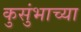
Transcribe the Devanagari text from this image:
कुसुंभाच्या